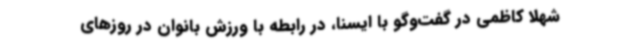
شهلا کاظمی در گفت‌وگو با ایسنا، در رابطه با ورزش بانوان در روزهای